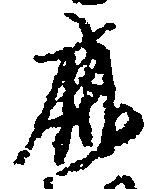
鹿